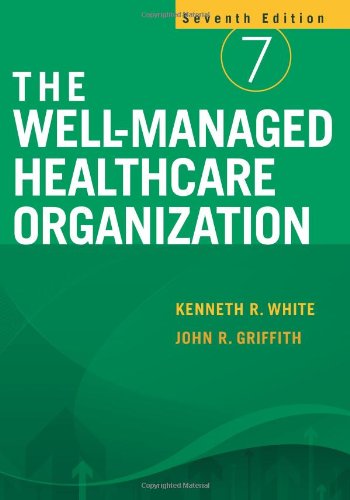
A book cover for The Well-Managed Healthcare Organization; Kenneth R. White; Medical Books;